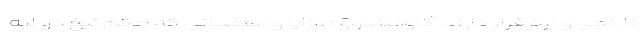
نارنجی و زرد قرار دارند. گاوصندوق؛ مزایا و معضلاتی که حکم تیغ دو لبه